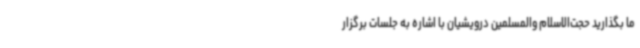
ما بگذارید حجت‌الاسلام والمسلمین درویشیان با اشاره به جلسات برگزار